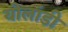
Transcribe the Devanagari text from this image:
योलांडी